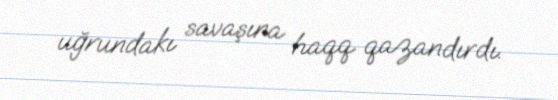
uğrundakı savaşına haqq qazandırdı.